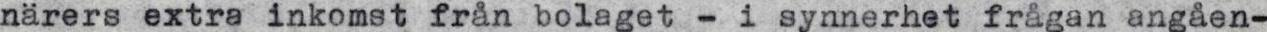
närers extra inkomst från bolaget - i synnerhet frågan angåen-